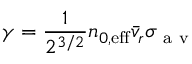
\gamma = \frac { 1 } { 2 ^ { 3 / 2 } } n _ { 0 , \mathrm { { e f f } } } \bar { v } _ { r } \sigma _ { \mathrm { ~ a ~ v ~ } }